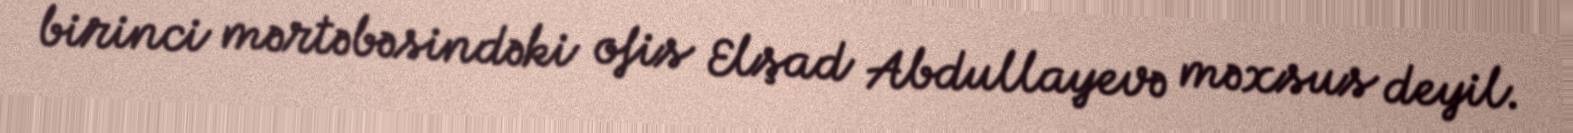
birinci mərtəbəsindəki ofis Elşad Abdullayevə məxsus deyil.